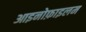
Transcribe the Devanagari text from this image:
आइनोफ़ाइलम